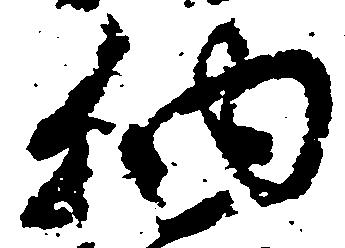
納